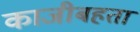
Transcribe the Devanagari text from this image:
काजीबहता